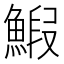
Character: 𫙨